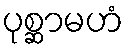
ပုစ္ဆာမဟံ